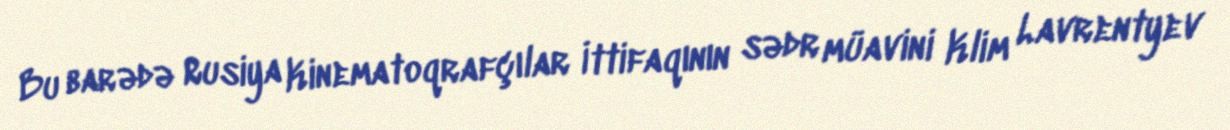
Bu barədə Rusiya Kinematoqrafçılar İttifaqının sədr müavini Klim Lavrentyev